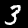
Digit: 3